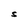
Character: S